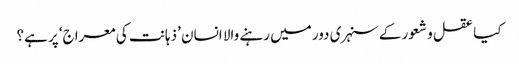
کیا عقل و شعور کے سنہری دور میں رہنے والا انسان ’ذہانت کی معراج‘ پر ہے؟